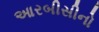
આરબીસીનો